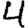
Digit: 4